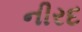
નીરદ